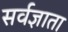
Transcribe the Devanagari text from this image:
सर्वज्ञाता